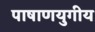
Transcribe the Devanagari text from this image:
पाषाणयुगीय